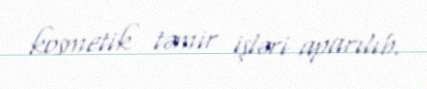
kosmetik təmir işləri aparılıb.